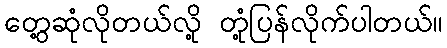
တွေ့ဆုံလိုတယ်လို့ တုံ့ပြန်လိုက်ပါတယ်။